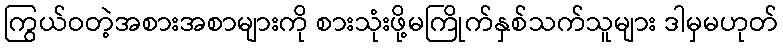
ကြွယ်ဝတဲ့အစားအစာများကို စားသုံးဖို့မကြိုက်နှစ်သက်သူများ ဒါမှမဟုတ်